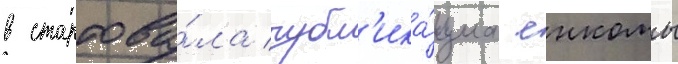
в стартова́ла публ'ика́циа енкомы